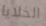
الخلايا